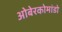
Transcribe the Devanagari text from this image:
ओबेरकोमांडो